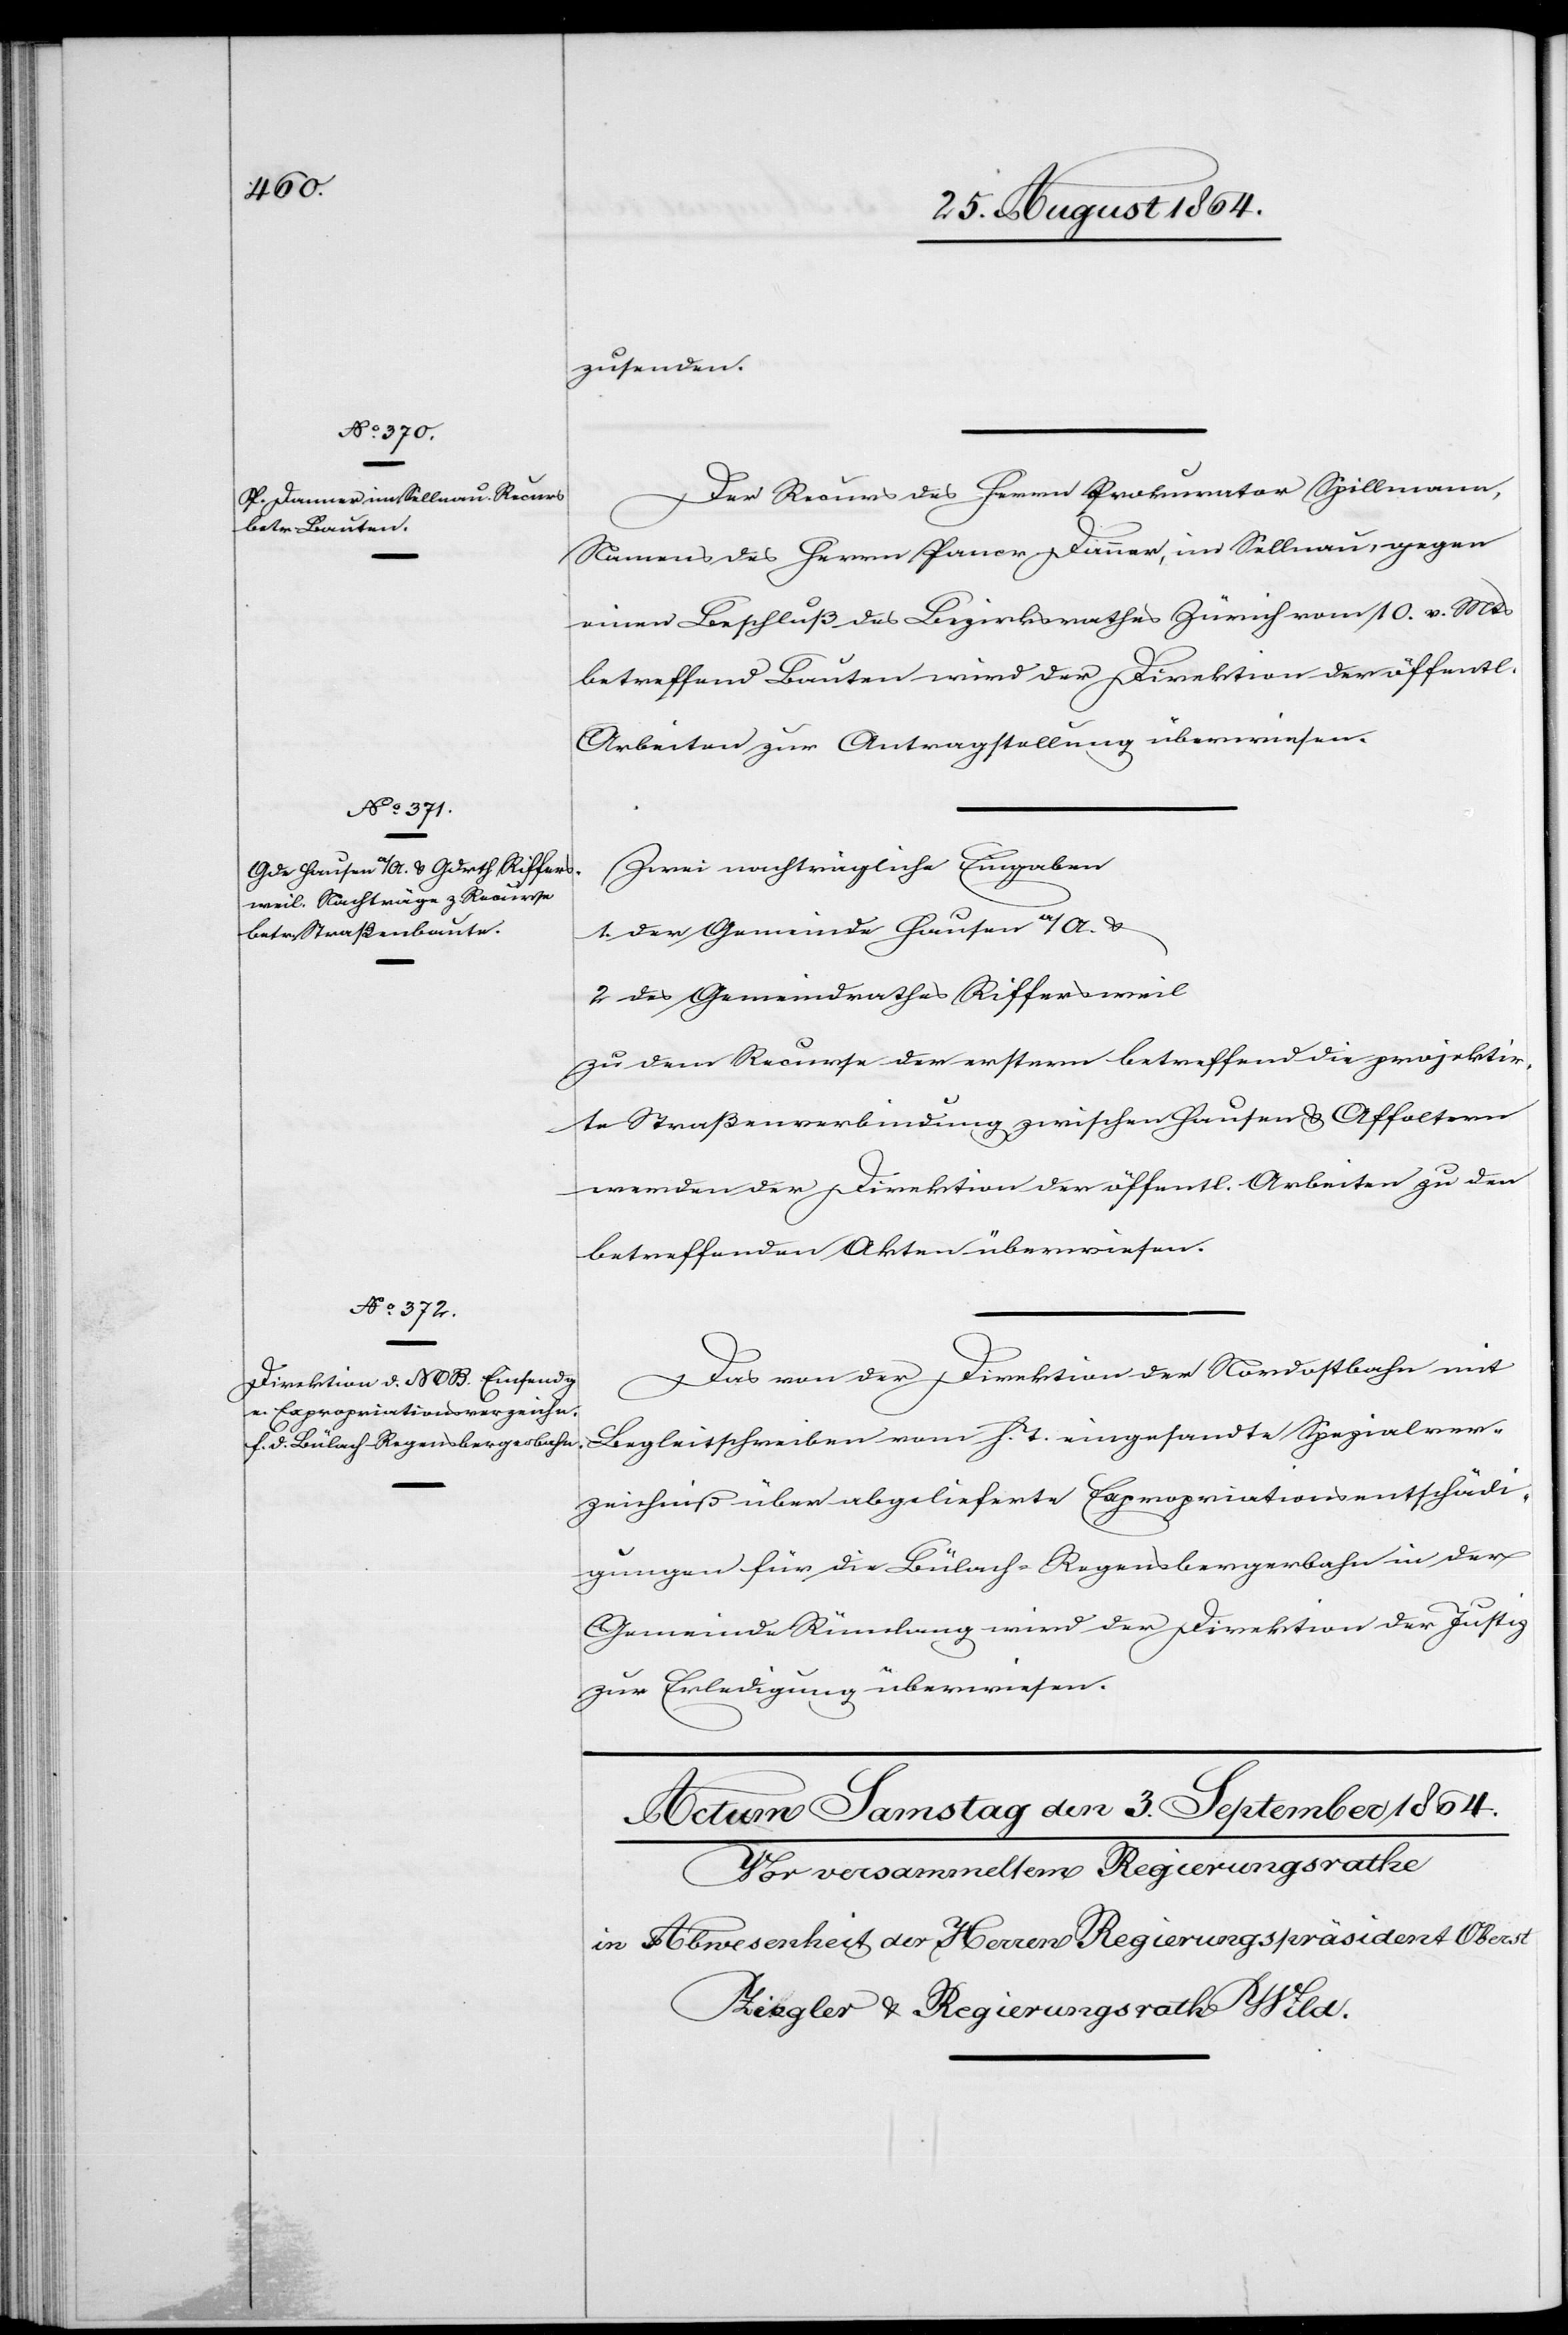
zusenden.
Der Recurs des Herrn Prokurator Spillmann,
Namens des Herrn Pancr. Danner, im Sellnau, gegen
einen Beschluß des Bezirksrathes Zürich vom 10. v. Mts
betreffend Bauten wird der Direktion der öffentlichen
Arbeiten zur Antragstellung überwiesen.
Zwei nachträgliche Eingaben
1. der Gemeinde Hausen a/A. &
2. des Gemeindrathes Riffersweil
zu dem Recurse der erstern betreffend die projektir¬
te Straßenverbindung zwischen Hausen & Affoltern
werden der Direktion der öffentl. Arbeiten zu den
betreffenden Akten überwiesen.
Das von der Direktion der Nordostbahn mit
Begleitschreiben vom h. T. eingesandte Spezialver¬
zeichniß über abgelieferte Expropriationsentschädi¬
gungen für die Bülach–Regensbergerbahn in der
Gemeinde Rümlang wird der Direktion der Justiz
zur Erledigung überwiesen.